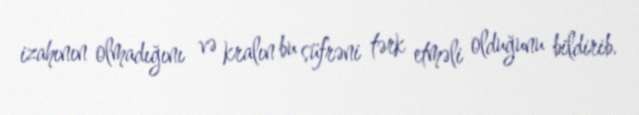
izahının olmadığını və kralın bu süfrəni tərk etməli olduğunu bildirib.